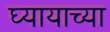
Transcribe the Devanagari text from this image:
घ्यायाच्या